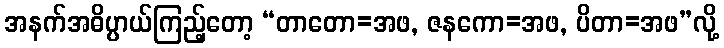
အနက်အဓိပ္ပာယ်ကြည့်တော့ “တာတော=အဖ, ဇနကော=အဖ, ပိတာ=အဖ”လို့